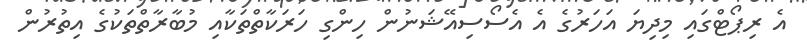
އެ ރިޕޯޓްގައި މިދިޔަ އަހަރުގެ އެ އެސޯސިއޭޝަނުން ހިންގި ހަރަކާތްތަކާއި މުބާރާތްތަކުގެ އިތުރުން